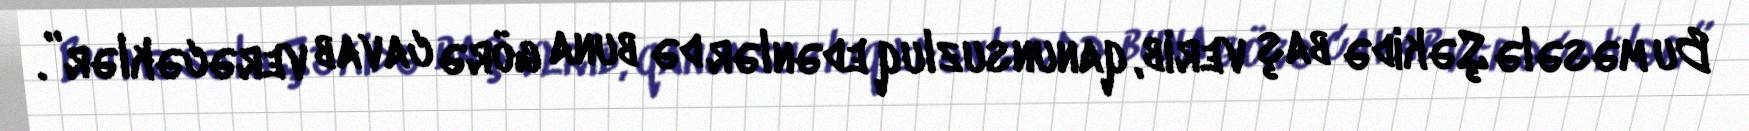
Bu məsələ Şəkidə baş verib, qanunsuzluq edənlər də buna görə cavab verəcəklər”.